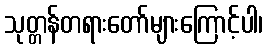
သုတ္တန်တရားတော်များကြောင့်ပါ၊